NAE_ERA_R-1992_EV_Ehitusministeerium, lk 16
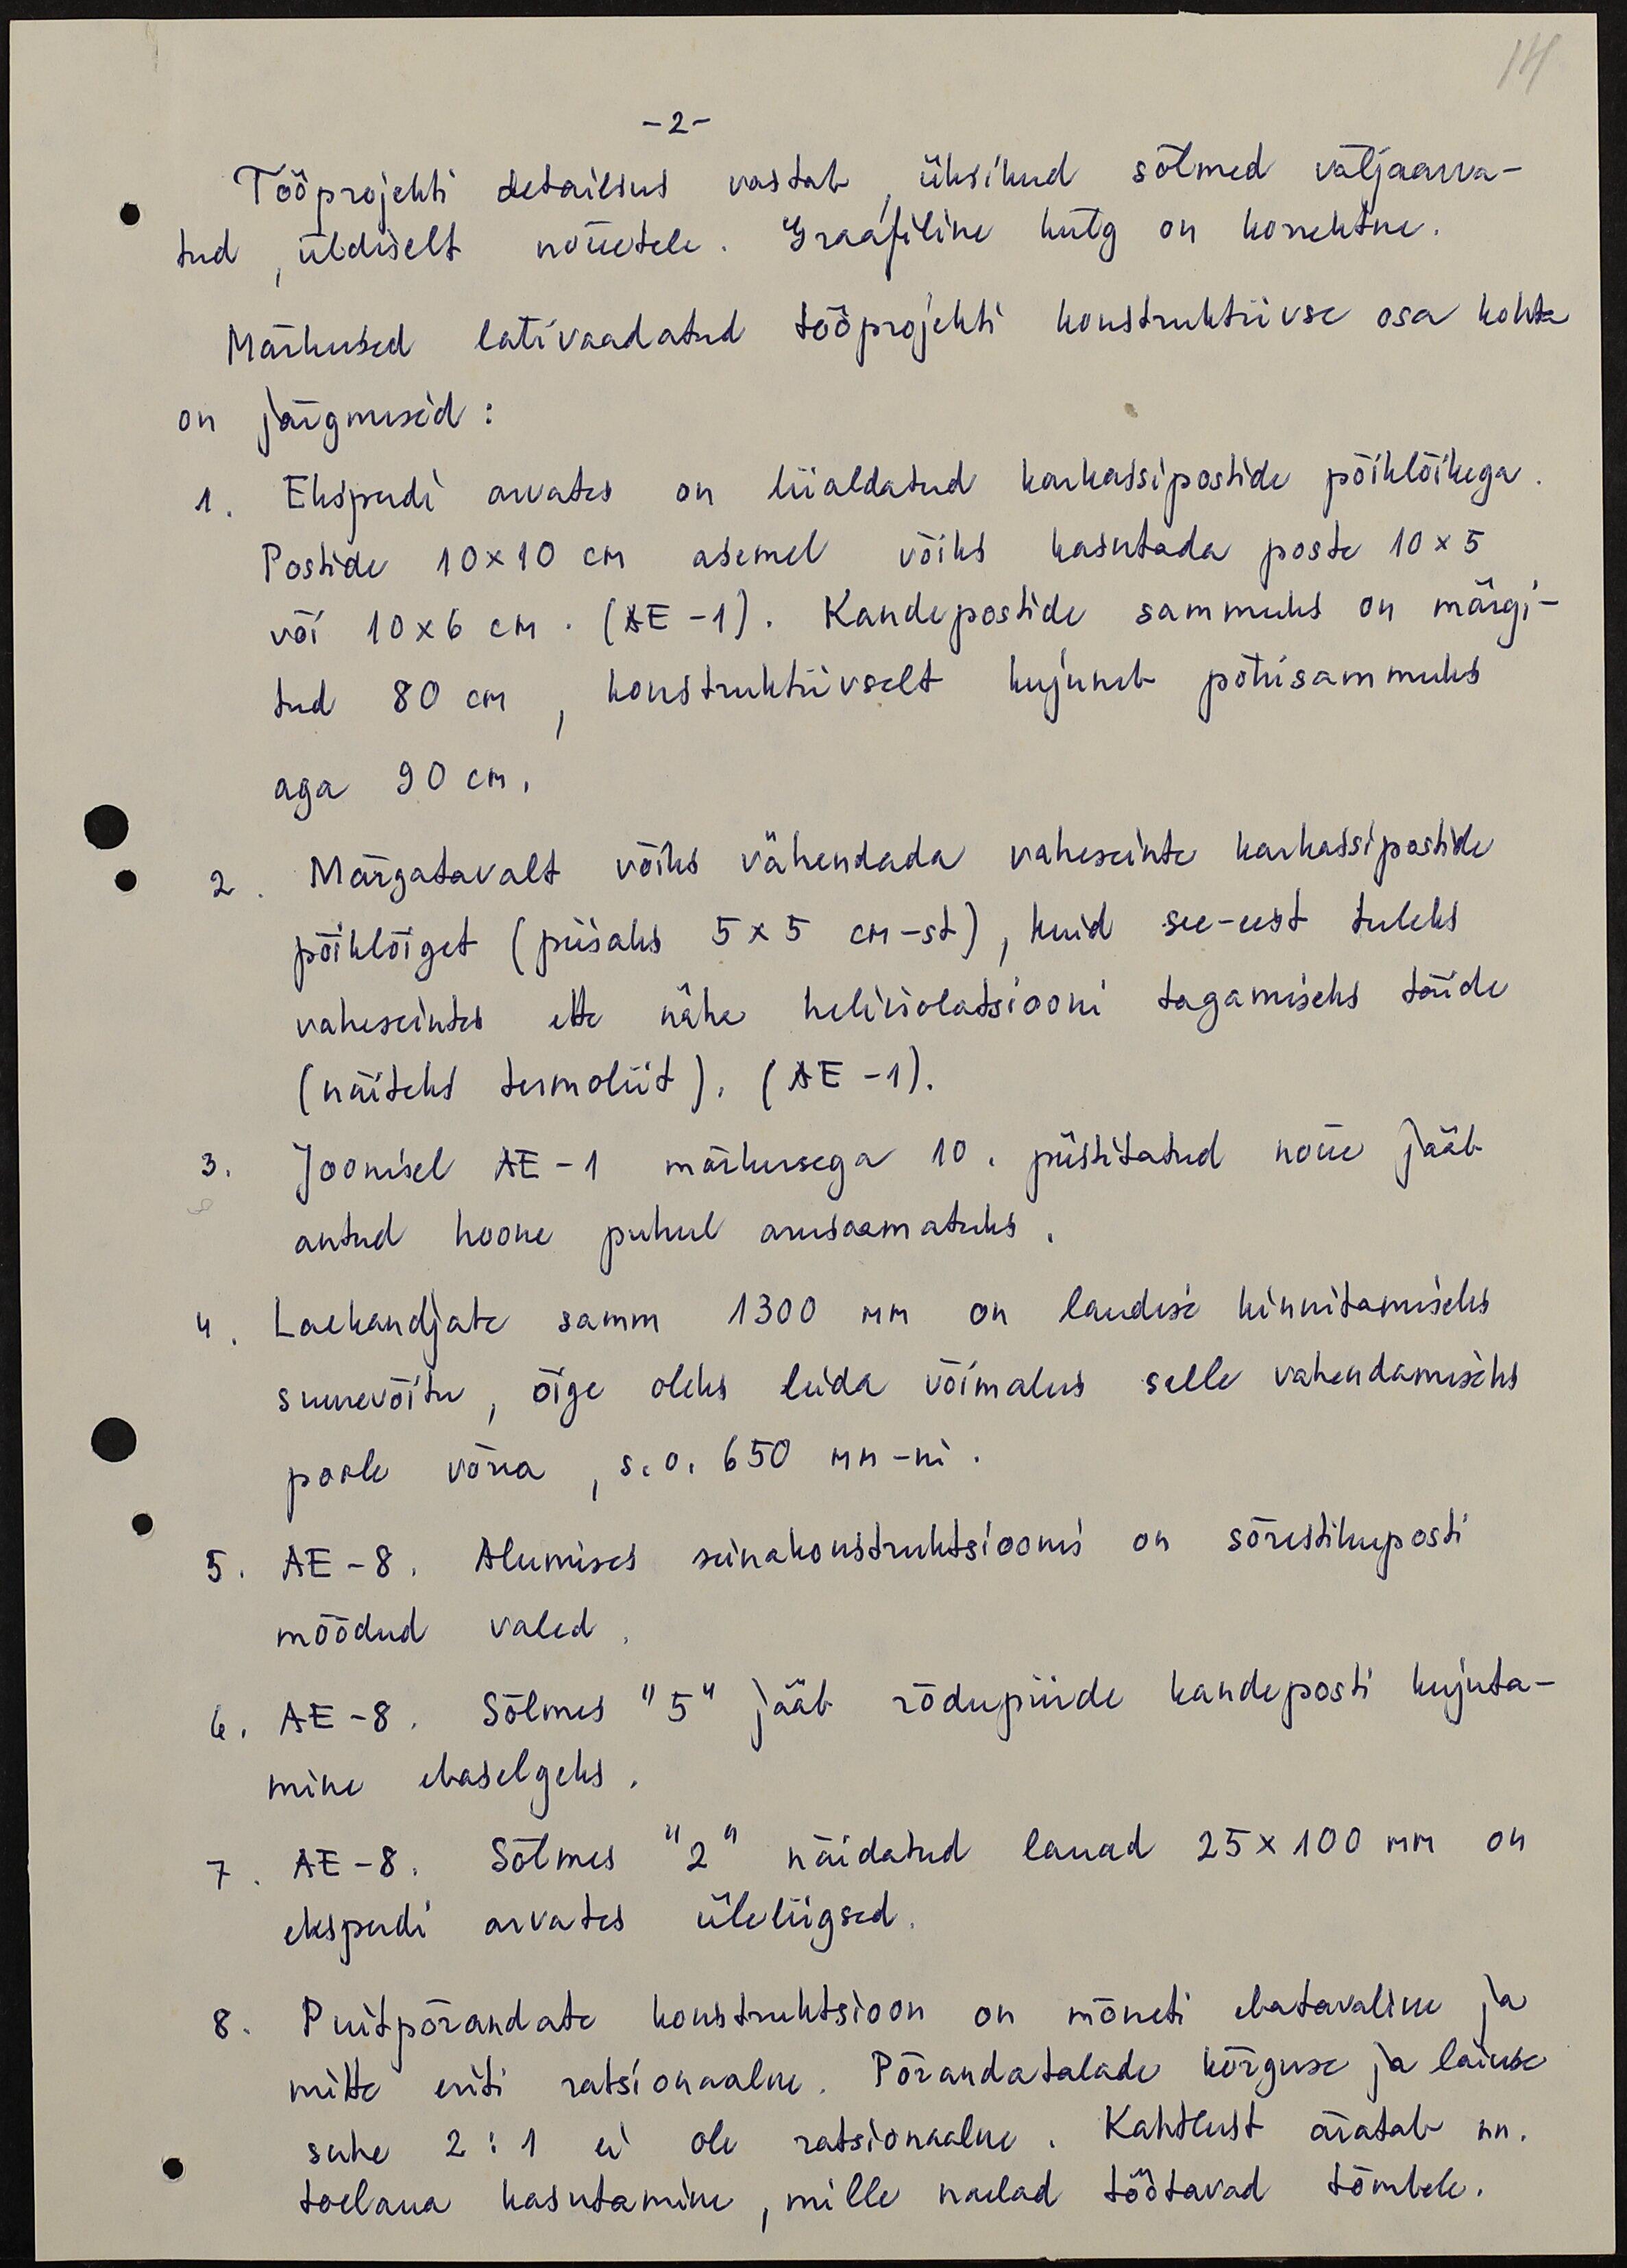
14

-2 -
Tööprojekti detailsus vastab, üksikud sõlmed väljaarva-
tud, üldiselt nõuetele. Graafiline külg on korrektne.
Märkused läbivaadatud tööprojekti kontruktiivse osa kohta
on järgmised:
1. Eksperdi arvates on liialdatud karkassipostide põiklõikega.
Postide 10x10 cm asemel võiks kasutada poste 10x5
või 10x6 cm. (AE-1). Kandepostide sammuks on märgi-
tud 80 cm, konstruktiivselt kujuneb põhisammuks
aga 90 cm.
2. Märgatavalt võiks vähendada vaheseinte karkassipostide
põiklõiget (piisaks 5x 5 cm-st), kuid see-eest tuleks
vaheseintes ette näha heliisolatsiooni tagamiseks täide
(näiteks termoliit). (AE -1).
3. Joonisel AE-1 märkusega 10. püstitatud nõue jääb
antud hoone puhul arusaamatuks.
4. Laekandjate samm 1300 mm on laudise kinnitamiseks
suurevõitu, õige oleks leida võimalus selle vahendamiseks
poole võrra, s.o. 650 mm-ni.
5. AE - 8. Alumises seinakonstruktsioonis on sõrestikuposti
mõõdud valed
6. AE-8. Sõlmes "5" jääb rõdupiirde kandeposti kujuta-
mine ebaselgeks.
7. AE -8. Sõlmes "2" näidatud lauad 25x100 mm on
eksperdi arvates üleliigsed.
8. Puipõrandate konstruktsioon on mõneti ebatavaline ja
mitte eriti ratsionaalne. Põrandatalade kõrguse ja laiuse
suhe 2:1 ei ole ratsionaalne. Kahtlust äratab nn.
toelaua kasutamine, mille naelad töötavad tõmbele.